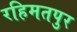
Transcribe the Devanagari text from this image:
रहिमतपुर